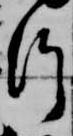
給